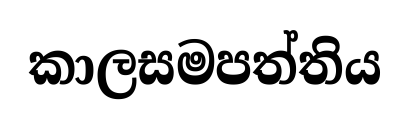
කාලසමපත්තිය